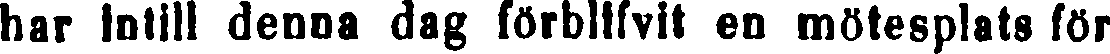
har intill denna dag förblifvit en mötesplats för